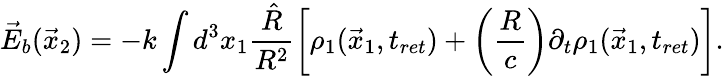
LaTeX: \vec{E}_{b}(\vec{x}_{2})=-k\int d^{3}x_{1}\frac{\hat{R}}{R^{2}}\left[\rho_{1}(\vec{x}_{1},t_{ret})+\left(\frac{R}{c}\right)\partial_{t}\rho_{1}(\vec{x}_{1},t_{ret})\right].